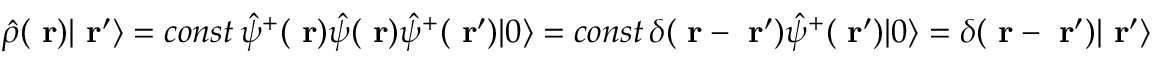
\hat { \rho } ( \mathrm { \bf ~ r } ) | \mathrm { \bf ~ r } ^ { \prime } \rangle = c o n s t \, \hat { \psi } ^ { + } ( \mathrm { \bf ~ r } ) \hat { \psi } ( \mathrm { \bf ~ r } ) \hat { \psi } ^ { + } ( \mathrm { \bf ~ r } ^ { \prime } ) | 0 \rangle = c o n s t \, \delta ( \mathrm { \bf ~ r } - \mathrm { \bf ~ r } ^ { \prime } ) \hat { \psi } ^ { + } ( \mathrm { \bf ~ r } ^ { \prime } ) | 0 \rangle = \delta ( \mathrm { \bf ~ r } - \mathrm { \bf ~ r } ^ { \prime } ) | \mathrm { \bf ~ r } ^ { \prime } \rangle